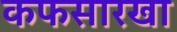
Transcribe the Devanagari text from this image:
कफसारखा